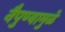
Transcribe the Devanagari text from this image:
नैपुण्यामुळे